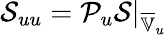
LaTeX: \mathcal{S}_{uu}=\mathcal{P}_{u}\mathcal{S}|_{\overline{{\mathbb{V}}}_{u}}